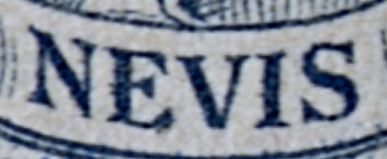
NEVIS